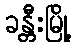
ခန္တီးမြို့